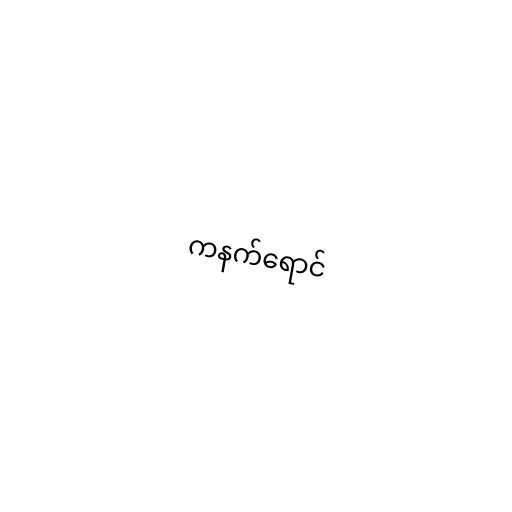
ကနက်ရောင်